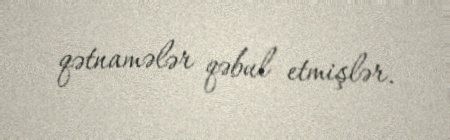
qətnamələr qəbul etmişlər.